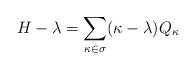
\begin{align*} H-\lambda = \sum_{\kappa\in\sigma} (\kappa -\lambda) Q_\kappa\end{align*}